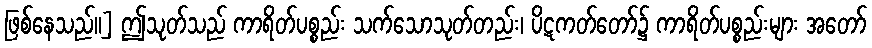
ဖြစ်နေသည်။] ဤသုတ်သည် ကာရိတ်ပစ္စည်း သက်သောသုတ်တည်း၊ ပိဋကတ်တော်၌ ကာရိတ်ပစ္စည်းများ အတော်